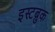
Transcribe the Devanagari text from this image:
इस्टब्रुक